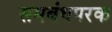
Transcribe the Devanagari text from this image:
समबंधपरक